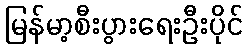
မြန်မာ့စီးပွားရေးဦးပိုင်